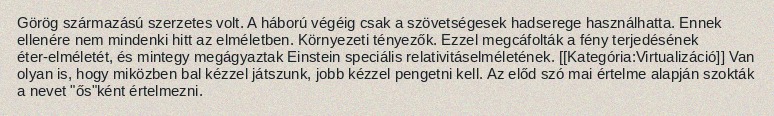
Görög származású szerzetes volt. A háború végéig csak a szövetségesek hadserege használhatta. Ennek ellenére nem mindenki hitt az elméletben. Környezeti tényezők. Ezzel megcáfolták a fény terjedésének éter-elméletét, és mintegy megágyaztak Einstein speciális relativitáselméletének. [[Kategória:Virtualizáció]] Van olyan is, hogy miközben bal kézzel játszunk, jobb kézzel pengetni kell. Az előd szó mai értelme alapján szokták a nevet "ős"ként értelmezni.